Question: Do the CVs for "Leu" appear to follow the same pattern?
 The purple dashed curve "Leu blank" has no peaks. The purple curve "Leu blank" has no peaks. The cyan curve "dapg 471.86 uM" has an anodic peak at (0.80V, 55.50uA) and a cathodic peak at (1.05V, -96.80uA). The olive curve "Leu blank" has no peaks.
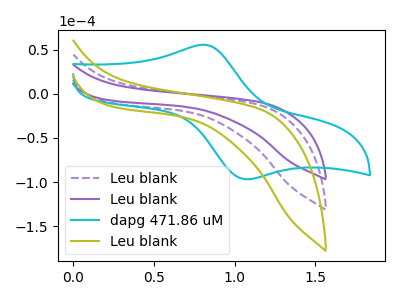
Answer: <think>Neither "Leu blank" or "Leu blank" have any peaks. "Leu blank" and "dapg 471.86 uM" have a different number of peaks. Neither "Leu blank" or "Leu blank" have any peaks. "Leu blank" and "dapg 471.86 uM" have a different number of peaks. Neither "Leu blank" or "Leu blank" have any peaks. "dapg 471.86 uM" and "Leu blank" have a different number of peaks.
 </think>
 <answer>All the CV's of "Leu" have similar shape.</answer>
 <eval>follow_rule</eval>